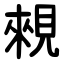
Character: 䚅